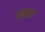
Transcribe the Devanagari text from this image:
प्रादुभाव